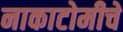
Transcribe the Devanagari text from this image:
नाकाटोमीचे